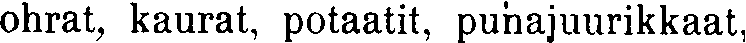
ohrat, kaurat, potaatit, punajuurikkaat,